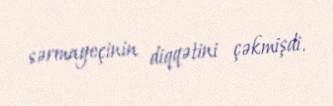
sərmayeçinin diqqətini çəkmişdi.